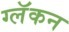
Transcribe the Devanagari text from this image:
ग्लॅकन